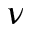
\nu